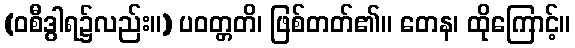
(ဝစီဒွါရ၌လည်း။) ပဝတ္တတိ၊ ဖြစ်တတ်၏။ တေန၊ ထိုကြောင့်။